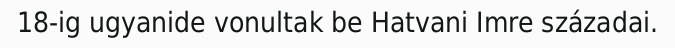
18-ig ugyanide vonultak be Hatvani Imre századai.